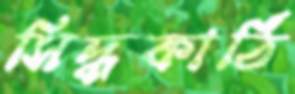
সিদ্ধকাঠি